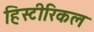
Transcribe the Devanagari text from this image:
हिस्टीरिकल